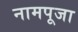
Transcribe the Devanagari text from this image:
नामपूजा